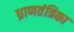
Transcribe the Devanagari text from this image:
ध्राणतंत्रिका